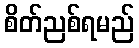
စိတ်ညစ်ရမည်